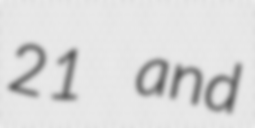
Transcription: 21 and